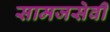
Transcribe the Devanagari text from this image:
सामजसेवी